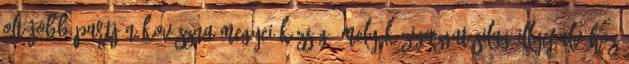
Olt jobb partján Kovászna megyei község, mely közigazgatásilag Illyefalvához